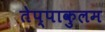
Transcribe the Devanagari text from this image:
तेप्पाकुलम